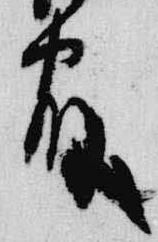
官